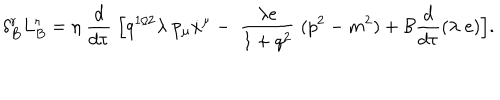
\delta _ { B } ^ { r } L _ { B } ^ { r } = \eta \; \frac { d } { d \tau } \; \Bigl [ q ^ { 1 / 2 } \lambda \; p _ { \mu } \dot { x } ^ { \mu } - \; \frac { \lambda e } { 1 + q ^ { 2 } } \; ( p ^ { 2 } - m ^ { 2 } ) + { \cal B } \frac { d } { d \tau } ( \lambda \; e ) \Bigr ] .